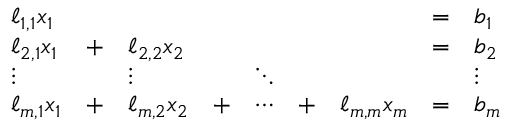
{ \begin{array} { l l l l l l l l l } { \ell _ { 1 , 1 } x _ { 1 } } & & & & & & & { = } & { b _ { 1 } } \\ { \ell _ { 2 , 1 } x _ { 1 } } & { + } & { \ell _ { 2 , 2 } x _ { 2 } } & & & & & { = } & { b _ { 2 } } \\ { \vdots } & & { \vdots } & & { \ddots } & & & & { \vdots } \\ { \ell _ { m , 1 } x _ { 1 } } & { + } & { \ell _ { m , 2 } x _ { 2 } } & { + } & { \dotsb } & { + } & { \ell _ { m , m } x _ { m } } & { = } & { b _ { m } } \end{array} }